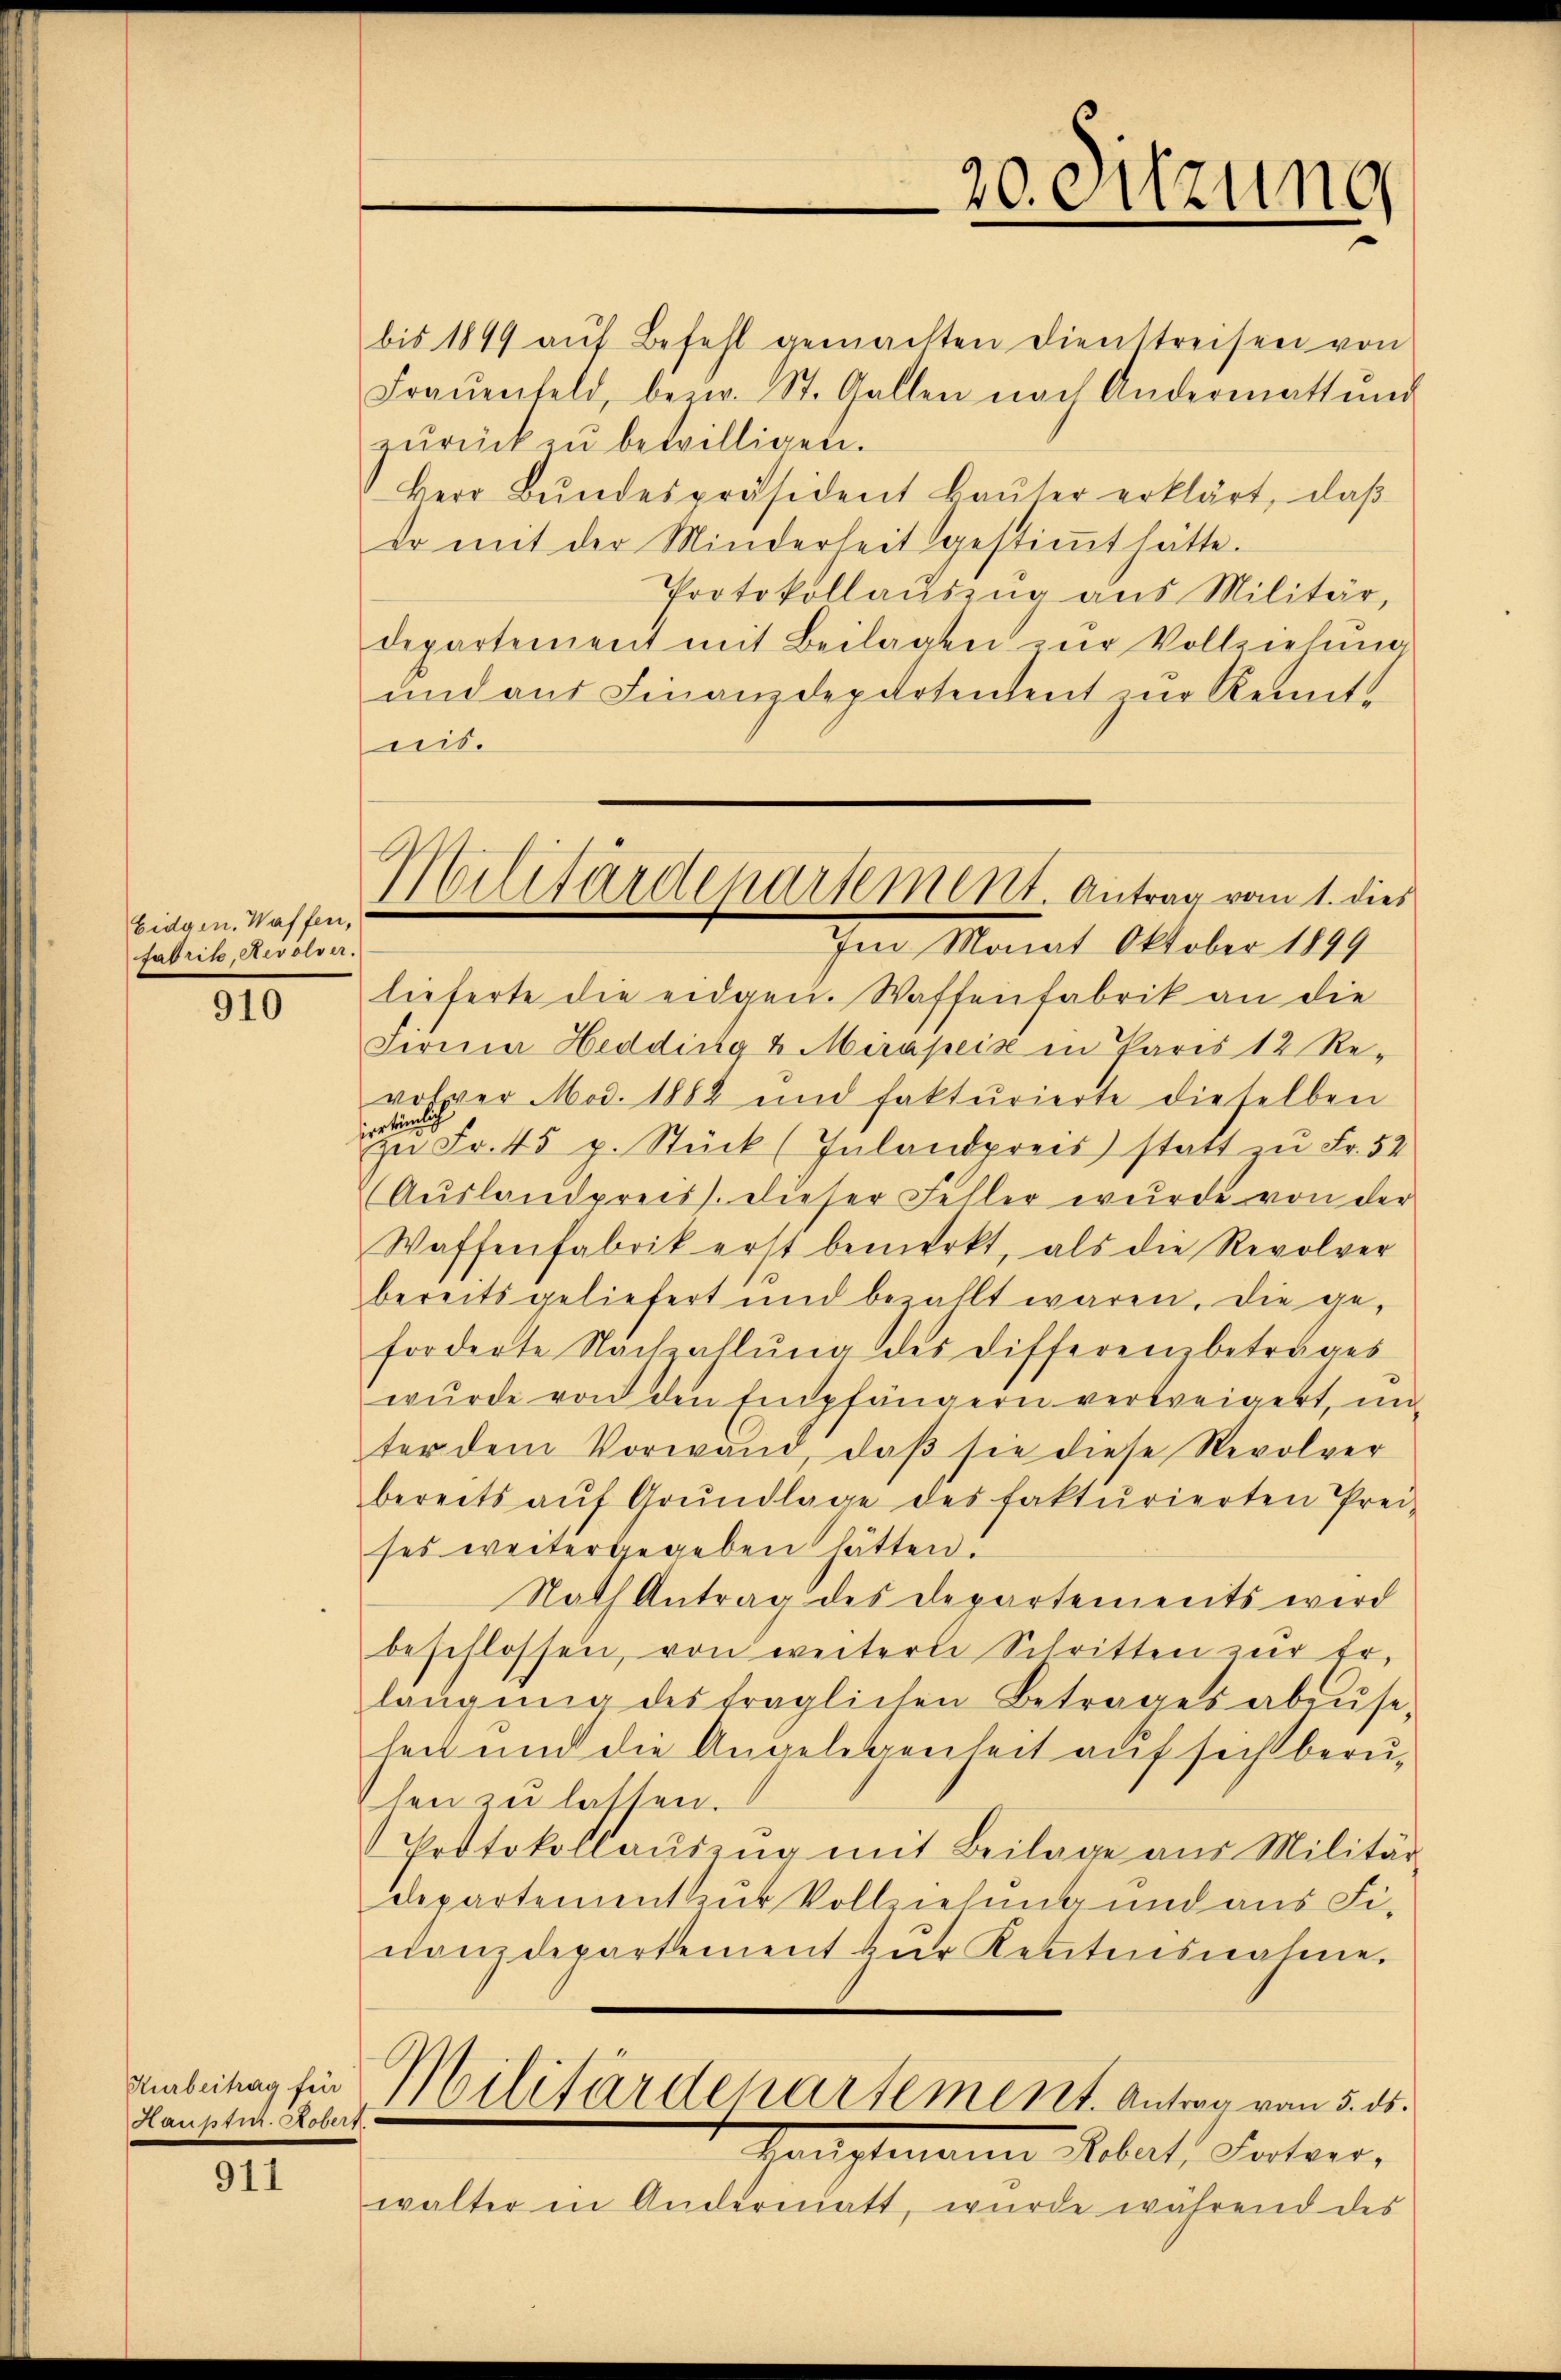
Eidgen. Waffen,
fadrite, Revolver.

910

Kurbeitrag für
Hauptm. Koberf

911

Malitärdepartement. Antrag vom 1. dies

bis 1849 aŭf Befehl gemachten Dienstreisen von
Fraŭenfeld, bezw. St. Gallen nach Andermattŭn
zŭrück zŭ bewilligen.
Herr Bŭndespräsident Baŭter erklärt, daβ
er mit der Minderheit gestiṁt hätte.
Protokollaŭszŭg aŭs Militär,
departement mit Beilagen zur Vollziehung
und aus Finanzdepartentent zur Kennt
eit.
Im Mant Ottober 184
lieferte die eidgen. Waffenfabrik an die
Jernia Hedding 2 Merapeiz in Paris 12 Revolver Mod. 1882 und fakturierte dieselben
irrtümlich
zu Fr. 45 p. Stück (Inlandpreis statt zu Fr. 52
(Auslandpreis). Dieser Feller wurde von der
Waffenfabrik erst bemerkt, als die Revolver
bereits geliefert und bezahlt waren, die geforderte Nachzahlung des Differenzbetrages
wurde von den Empfängern vertreigert, un
ter dem Vorwand, daβ sie diese Revolver
bereits aŭf Grŭndlage des fakturierten Prei-
ses weiterbegeben hätten.
Rath Antrag des Departements wird
beschlossen, von weitere Schritten zur Erlangŭng des traglichen Betrages abzŭse-
lent und die Angelegenheit auf sicht beruhen zu lassen.
Protokollaŭszŭg mit Beilage aus Militär-
departementhus Vollziehung und aus Finanzdepartement zŭr Kentensnahme.
Militärdepartement. Antrag vom 5. ds.
Hauptmann Real, Doctors,
walter in Andermatt, wurde während des

20. Sitzung